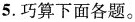
5.巧算下面各题。